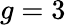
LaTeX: g=3